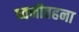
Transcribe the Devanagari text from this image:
ध्वनीवहना